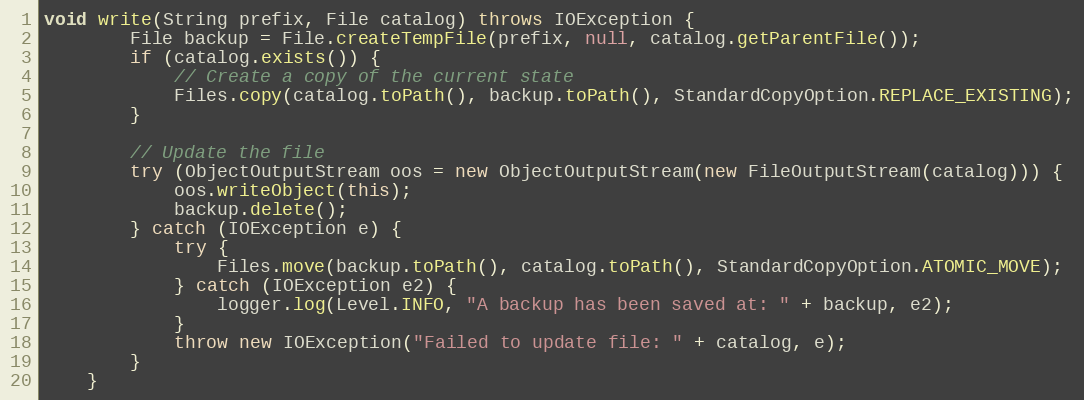
Language: Java
void write(String prefix, File catalog) throws IOException {
		File backup = File.createTempFile(prefix, null, catalog.getParentFile());
		if (catalog.exists()) {
			// Create a copy of the current state
			Files.copy(catalog.toPath(), backup.toPath(), StandardCopyOption.REPLACE_EXISTING);
		}

		// Update the file
		try (ObjectOutputStream oos = new ObjectOutputStream(new FileOutputStream(catalog))) {
			oos.writeObject(this);
			backup.delete();
		} catch (IOException e) {
			try {
				Files.move(backup.toPath(), catalog.toPath(), StandardCopyOption.ATOMIC_MOVE);
			} catch (IOException e2) {
				logger.log(Level.INFO, "A backup has been saved at: " + backup, e2);
			}
			throw new IOException("Failed to update file: " + catalog, e);
		}
	}